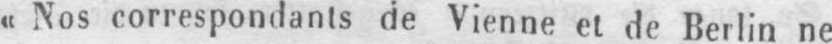
«Nos correspondants de Vienne et de Berlin ne